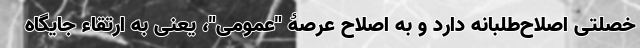
خصلتی اصلاح‌طلبانه دارد و به اصلاح عرصۀ "عمومی"، یعنی به ارتقاء جایگاه